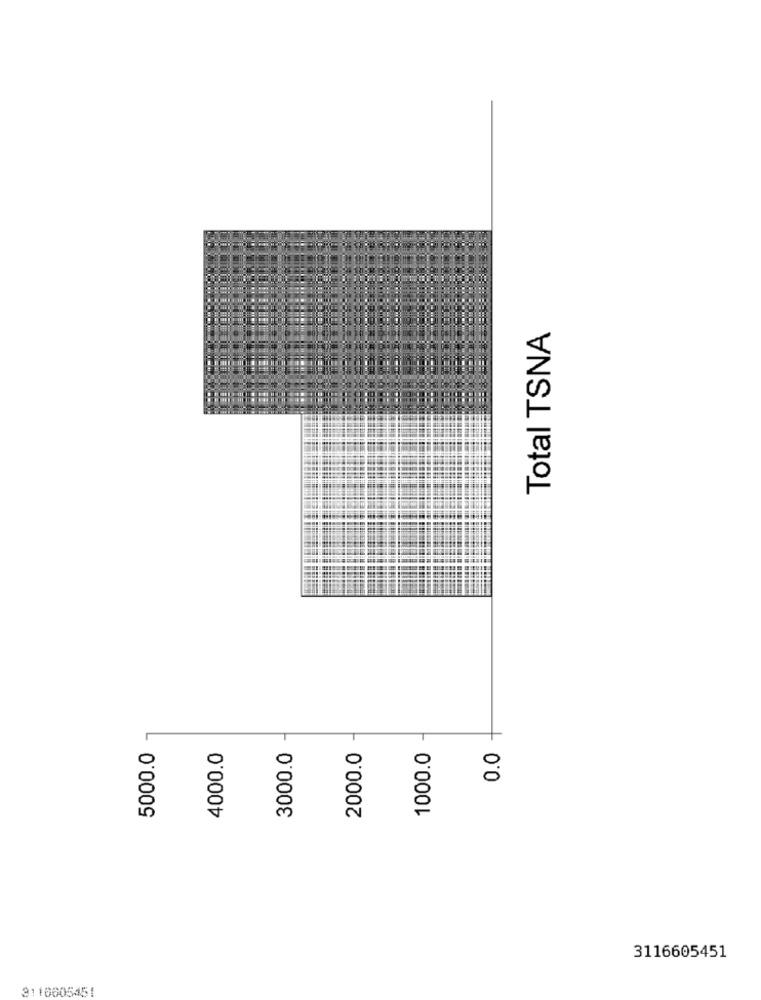
Total TSNA
5000.0
4000.0
3000.0
2000.0
1000.0
0.0
3116605451
3110605451